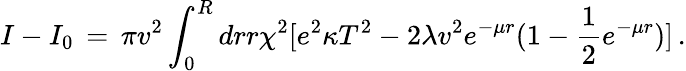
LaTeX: I-I_{0}\, =\, \pi v^{2}\int_{0}^{R}drr\chi^{2}[e^{2}\kappa T^{2}-2\lambda v^{2}e^{-\mu r}(1-{\frac{1}{2}}e^{-\mu r})]\, .